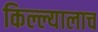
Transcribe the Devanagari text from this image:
किल्ल्यालाच